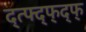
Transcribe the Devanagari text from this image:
द्त्फ्द्फ्द्फ्